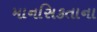
માનસિકતાના